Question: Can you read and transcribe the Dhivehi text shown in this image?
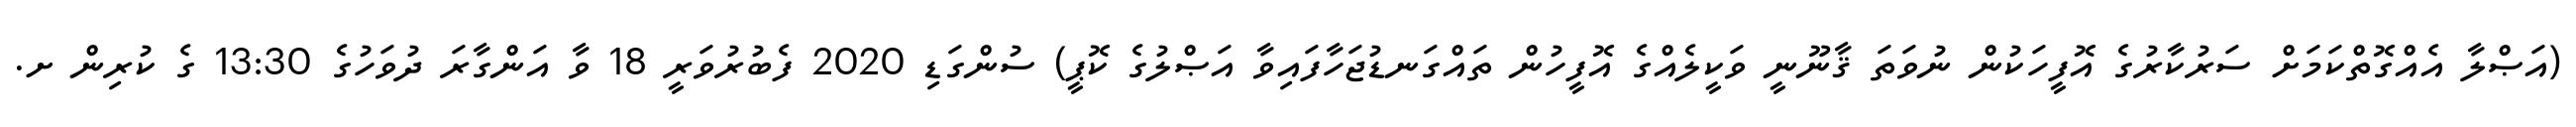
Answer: (އަޞްލާ އެއްގޮތްކަމަށް ސަރުކާރުގެ އޮފީހަކުން ނުވަތަ ޤާނޫނީ ވަކީލެއްގެ އޮފީހުން ތައްގަނޑުޖަހާފައިވާ އަޞްލުގެ ކޮޕީ) ސުންގަޑި 2020 ފެބުރުވަރީ 18 ވާ އަންގާރަ ދުވަހުގެ 13:30 ގެ ކުރިން ށ.